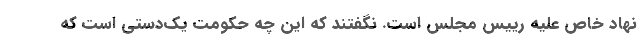
نهاد خاص علیه رییس مجلس است. نگفتند که این چه حکومت یک‌دستی است که